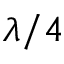
\lambda / 4